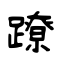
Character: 蹽